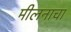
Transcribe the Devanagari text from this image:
मीलनाचा